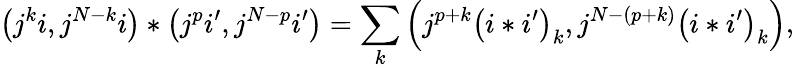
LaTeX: \left(j^{k}i,j^{N-k}i\right)\ast\left(j^{p}i^{\prime},j^{N-p}i^{\prime}\right)=\sum_{k}\left(j^{p+k}\left(i\ast i^{\prime}\right)_{k},j^{N-\left(p+k\right)}\left(i\ast i^{\prime}\right)_{k}\right),